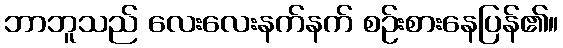
ဘာဘူသည် လေးလေးနက်နက် စဉ်းစားနေပြန်၏။